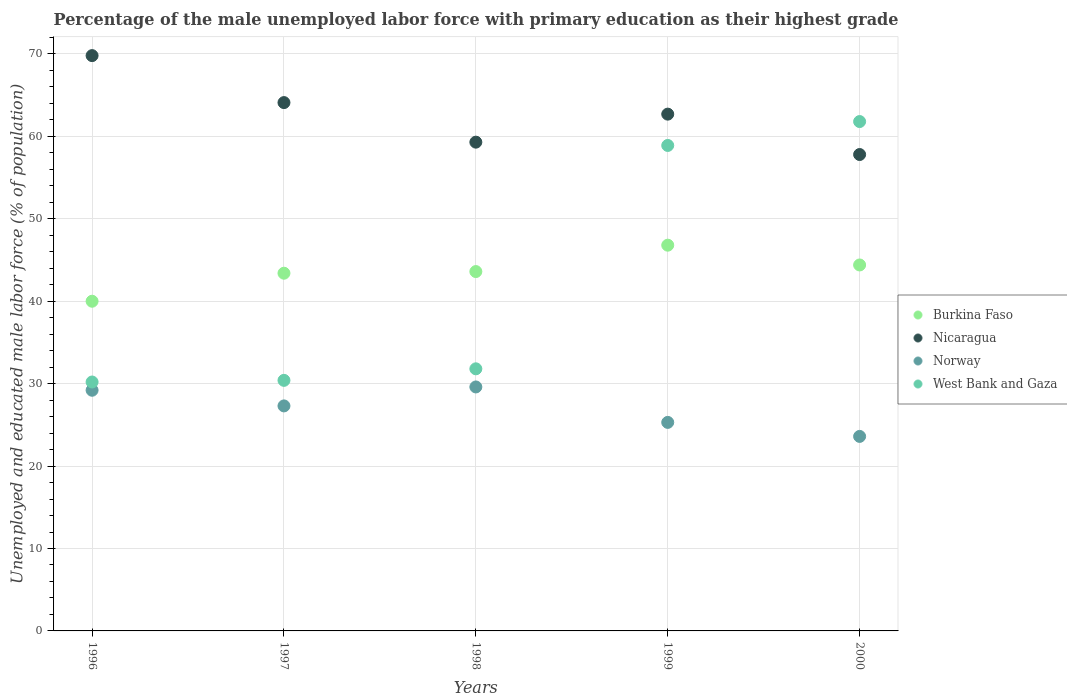
| Years | Burkina Faso | Nicaragua | Norway | West Bank and Gaza |
 | --- | --- | --- | --- | --- |
 | 1996 | 40 | 69.8 | 29.2 | 30.2 |
 | 1997 | 43.4 | 64.1 | 27.3 | 30.4 |
 | 1998 | 43.6 | 59.3 | 29.6 | 31.8 |
 | 1999 | 46.8 | 62.7 | 25.3 | 58.9 |
 | 2000 | 44.4 | 57.8 | 23.6 | 61.8 |